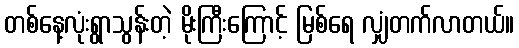
တစ်နေ့လုံးရွာသွန်းတဲ့ မိုးကြီးကြောင့် မြစ်ရေ လျှံတက်လာတယ်။